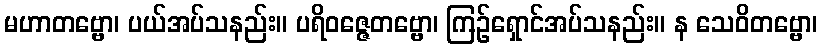
မဟာတဗ္ဗော၊ ပယ်အပ်သနည်း။ ပရိဝဇ္ဇေတဗ္ဗော၊ ကြဉ်ရှောင်အပ်သနည်း။ န သေဝိတဗ္ဗော၊